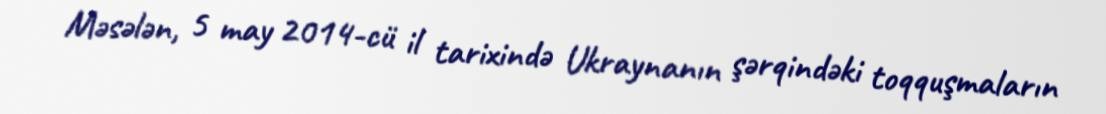
Məsələn, 5 may 2014-cü il tarixində Ukraynanın şərqindəki toqquşmaların